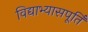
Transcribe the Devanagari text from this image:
विद्याभ्यासपूर्ति